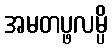
အမတပ္ဖလမ္ပိ